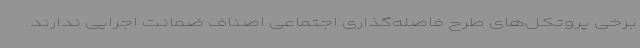
برخی پروتکل‌های طرح فاصله‌گذاری اجتماعی اصناف ضمانت اجرایی ندارند